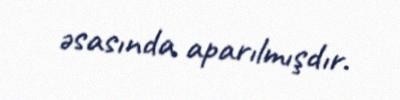
əsasında aparılmışdır.